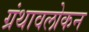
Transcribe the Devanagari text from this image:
ग्रंथावलोकन